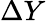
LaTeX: \Delta Y